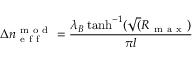
\Delta n _ { \mathrm { ~ e ~ f ~ f ~ } } ^ { \mathrm { ~ m ~ o ~ d ~ } } = \frac { \lambda _ { B } \operatorname { t a n h } ^ { - 1 } ( \sqrt ( R _ { \mathrm { ~ m ~ a ~ x ~ } } ) } { \pi l }